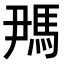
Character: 𬳪